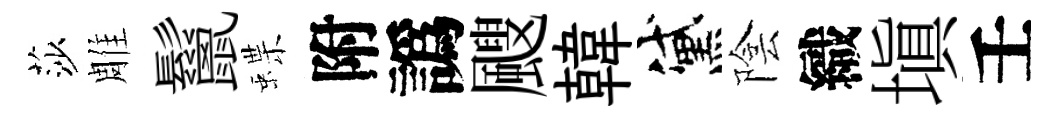
莎雕鬣蝶附譌颼韓黛陰織塡壬